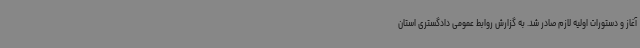
آغاز و دستورات اولیه لازم صادر شد. به گزارش روابط عمومی دادگستری استان